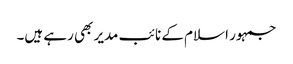
جمہور اسلام کے نائب مدیر بھی رہے ہیں۔